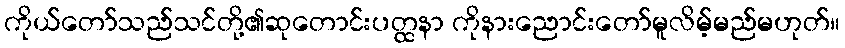
ကိုယ်တော်သည်သင်တို့၏ဆုတောင်းပတ္ထနာ ကိုနားညောင်းတော်မူလိမ့်မည်မဟုတ်။